Medical and sanitary report of the native army of Bengal for the year
Year: 1878
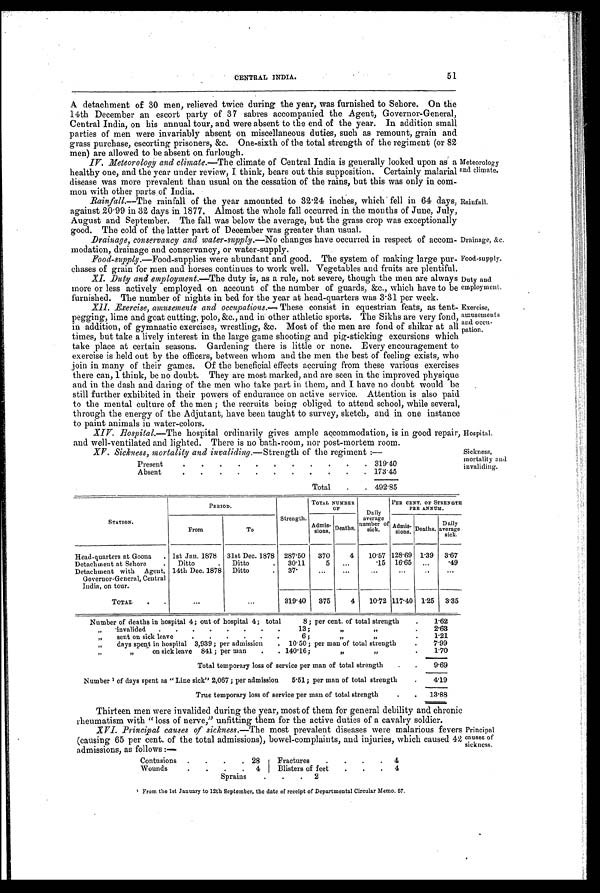
CENTRAL INDIA.
51
A detachment of 30 men, relieved twice during the year, was furnished to Sehore. On the
14th December an escort party of 37 sabres accompanied the Agent, Governor-General,
Central India, on his annual tour, and were absent to the end of the year. In addition small
parties of men were invariably absent on miscellaneous duties, such as remount, grain and
grass purchase, escorting prisoners, &c. One-sixth of the total strength of the regiment (or 82
men) are allowed to be absent on furlough.
IV. Meteorology and climate. —The climate of Central India is generally looked upon as a
healthy one, and the year under review, I think, bears out this supposition. Certainly malarial
disease was more prevalent than usual on the cessation of the rains, but this was only in com-
mon with other parts of India.
Rainfall.—The rainfall of the year amounted to 32 . 24 inches, which fell in 64 days,
against 20.99 in 32 days in 1877. Almost the whole fall occurred in the months of June, July,
August and September. The fall was below the average, but the grass crop was exceptionally
good. The cold of the latter part of December was greater than usual.
Drainage, conservancy and water-supply. —No changes have occurred in respect of accom-
modation, drainage and conservancy, or water-supply.
Food-supply.—Food-supplies were abundant and good. The system of making large pur-
chases of grain for men and horses continues to work well. Vegetables and fruits are plentiful.
XI. Duty and employment.—The duty is, as a rule, not severe, though the men are always
more or less actively employed on account of the number of guards, &c., which have to be
furnished. The number of nights in bed for the year at head-quarters was 3 . 31 per week.
XII. Exercise, amusements and occupations.— These consist in equestrian feats, as tent-
pegging, lime and goat cutting, polo, &c., and in other athletic sports. The Sikhs are very fond,
in addition, of gymnastic exercises, wrestling, &c. Most of the men are fond of shikar at all
times, but take a lively interest in the large game shooting and pig-sticking excursions which
take place at certain seasons. Gardening there is little or none. Every encouragement to
exercise is held out by the officers, between whom and the men the best of feeling exists, who
join in many of their games. Of the beneficial effects accruing from these various exercises
there can, I think, be no doubt. They are most marked, and are seen in the improved physique
and in the dash and daring of the men who take part in them, and I have no doubt would be
still further exhibited in their powers of endurance on active service. Attention is also paid
to the mental culture of the men ; the recruits being obliged to attend school, while several,
through the energy of the Adjutant, have been taught to survey, sketch, and in one instance
to paint animals in water-colors.
XIV. Hospital.—The hospital ordinarily gives ample accommodation, is in good repair,
and well-ventilated and lighted. There is no bath-room, nor post-mortem room.
XV. Sickness, mortality and invaliding.—Strength of the regiment :—
Present
.
.
.
.
.
. . . .
.
.
319.40
Absent
.
.
.
.
.
. . . .
.
. 173.45
Total
.
. 492.85
Meteorology
end climate.
Rainfall.
Drainage, &c.
Food-supply.
Duty and
employment.
Exercise,
amusements
and occu-
pation.
Hospital.
Sickness,
mortality and
invaliding.
STATION.
PERIOD.
Strength.
TOTAL NUMBER
O F
Daily
average
number of
sick.
PER CENT. OF STRENGTH
PER ANNUM.
From
To
Admis-
sions.
Deaths.
Admis-
sions.
Deaths.
Daily
average
sick.
Head-quarters at Goona
. 1st Jan. 1878
31st Dec. 1878
287.50
370
4
10.57 128.69 1.39
3.67
Detachment at Sehore
.
Ditto
.
Ditto
.
30.11
5
. . .
.15 16.65
...
.49
Detachment with Agent,
Governor-General, Central
India, on tour.
14th Dec. 1878
Ditto
.
37.
. . .
. . .
. . .
. . .
. . .
. . .
TOTAL
.
...
...
319.40
375
4
10.72 117.40 1.25 3.35
Number of deaths in hospital 4; out of hospital 4; total 8; per cent. of total strength
.
1.62
„
invalided
.
.
.
.
.
.
.
13 ;
,,
, ,
.
2.63
„
sent on sick leave
.
.
.
.
.
.
6 ;
, , ,,
.
1.21
„
days spent in hospital 3,939 ; per admission
. 10.50 ; per man of total strength
.
7.99
„
on sick leave 841; per man
.
. 140.16;
,,
, ,
.
1.70
Total temporary loss of service per man of total strength
.
9.69
Number 1 of days spent as " Line sick" 2,067 ; per admission 5.51; per man of total strength
.
4.19
True temporary loss of service per man of total strength
.
.
13.88
Thirteen men were invalided during the year, most of them for general debility and chronic
rheumatism with " loss of nerve," unfitting them for the active duties of a cavalry soldier.
XVI. Principal causes of sickness. —The most prevalent diseases were malarious fevers
(causing 65 per cent. of the total admissions), bowel-complaints, and injuries, which caused 42
admissions, as follows :—
Contusion
.
.
.
. 28
Fractures
.
.
.
.
4
Wound
.
.
.
. 4
Blisters of feet
.
.
.
4
Sprain. . . . 2
1 From the 1st January to 12th September, the date of receipt of Departmental Circular Memo. 57.
Principal
causes of
sickness.